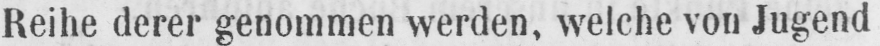
Reihe derer genommen werden, welche von Jugend